Indian journal of veterinary science and animal husbandry - Volume 14,
Year: 1944
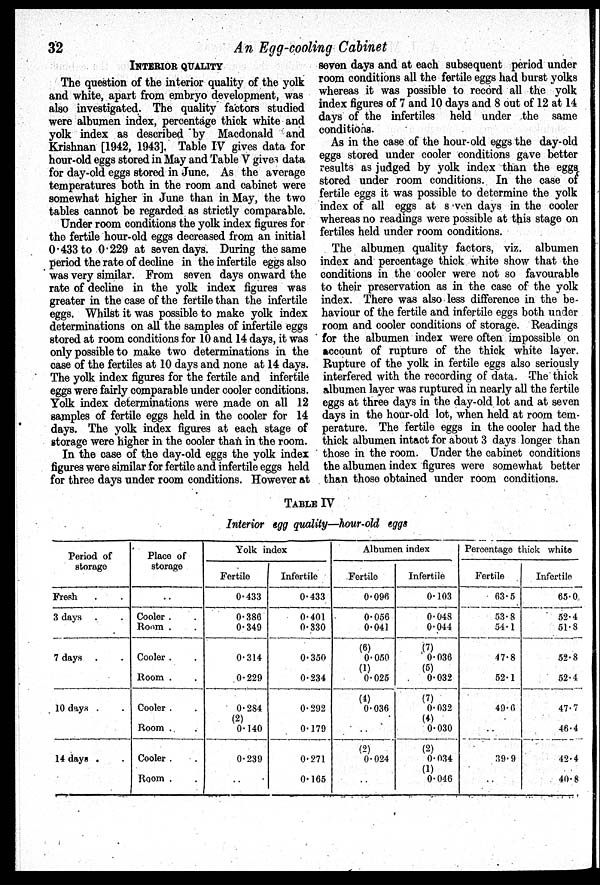
32
An Egg-cooling Cabinet
INTERIOR QUALITY
The question of the interior quality of the yolk
and white, apart from embryo development, was
also investigated. The quality factors studied
were albumen index, percentage thick white and
yolk index as described by Macdonald and
Krishnan [1942, 1943]. Table IV gives data for
hour-old eggs stored in May and Table V gives data
for day-old eggs stored in June. As the average
temperatures both in the room and cabinet were
somewhat higher in June than in May, the two
tables cannot be regarded as strictly comparable.
Under room conditions the yolk index figures for
the fertile hour-old eggs decreased from an initial
0.433 to 0.229 at seven days. During the same
period the rate of decline in the infertile eggs also
was very similar. From seven days onward the
rate of decline in the yolk index figures was
greater in the case of the fertile than the infertile
eggs. Whilst it was possible to make yolk index
determinations on all the samples of infertile eggs
stored at room conditions for 10 and 14 days, it was
only possible to make two determinations in the
case of the fertiles at 10 days and none at 14 days.
The yolk index figures for the fertile and infertile
eggs were fairly comparable under cooler conditions.
Yolk index determinations were made on all 12
samples of fertile eggs held in the cooler for 14
days. The yolk index figures at each stage of
storage were higher in the cooler than in the room.
In the case of the day-old eggs the yolk index
figures were similar for fertile and infertile eggs held
for three days under room conditions. However at
seven days and at each subsequent period under
room conditions all the fertile eggs had burst yolks
whereas it was possible to record all the yolk
index figures of 7 and 10 days and 8 out of 12 at 14
days of the infertiles held under the same
conditions.
As in the case of the hour-old eggs the day-old
eggs stored under cooler conditions gave better
results as judged by yolk index than the eggs
stored under room conditions. In the case of
fertile eggs it was possible to determine the yolk
index of all eggs at seven days in the cooler
whereas no readings were possible at this stage on
fertiles held under room conditions.
The albumen quality factors, viz. albumen
index and percentage thick white show that the
conditions in the cooler were not so favourable
to their preservation as in the case of the yolk
index. There was also less difference in the be-
haviour of the fertile and infertile eggs both under
room and cooler conditions of storage. Readings
for the albumen index were often impossible on
account of rupture of the thick white layer.
Rupture of the yolk in fertile eggs also seriously
interfered with the recording of data. The thick
albumen layer was ruptured in nearly all the fertile
eggs at three days in the day-old lot and at seven
days in the hour-old lot, when held at room tem-
perature. The fertile eggs in the cooler had the
thick albumen intact for about 3 days longer than
those in the room. Under the cabinet conditions
the albumen index figures were somewhat better
than those obtained under room conditions.
TABLE IV
Interior egg quality—hour-old eggs
Period of
storage
Fresh
3 days .
7 days
10 days .
14 days .
Place of
storage
. .
Cooler . .
Room . .
Cooler . .
Room . .
Cooler . .
Room . .
Cooler . .
Room . .
Yolk index
Fertile
0.433
0.386
0.349
0.314
0.229
0.284
(2)
0.140
0.239
Infertile
0.433
0.401
0.330
0.350
0.234
0.292
0.179
0.271
0.165
Albumen index
Fertile
0.096
0.056
0.041
(6)
0.050
(1)
0.025
(4)
0.036
(2)
0.024
Infertile
0.103
0.048
0.044
(7)
0.036
(5)
0.032
(7)
0.032
(4)
0.030
(2)
0.034
(1)
0.046
Percentage thick white
Fertile
63.5
53.8
54.1
47.8
52.1
49.6
..
39.9
..
Infertile
65.0
52.4
51.8
52.8
52.4
47.7
46.4
42.4
40.8